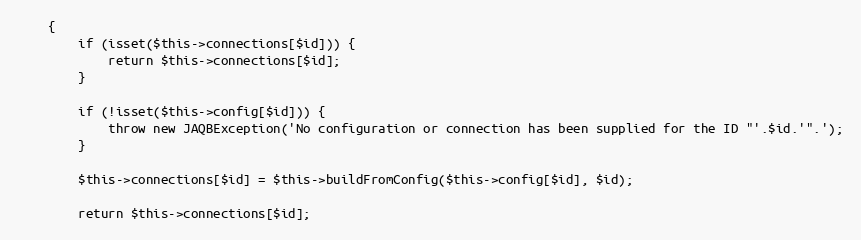
Language: PHP
    {
        if (isset($this->connections[$id])) {
            return $this->connections[$id];
        }

        if (!isset($this->config[$id])) {
            throw new JAQBException('No configuration or connection has been supplied for the ID "'.$id.'".');
        }

        $this->connections[$id] = $this->buildFromConfig($this->config[$id], $id);

        return $this->connections[$id];